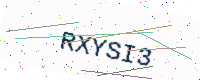
Text: RXYSI3